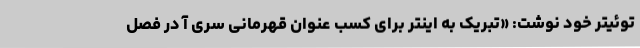
توئیتر خود نوشت: «تبریک به اینتر برای کسب عنوان قهرمانی سری آ در فصل